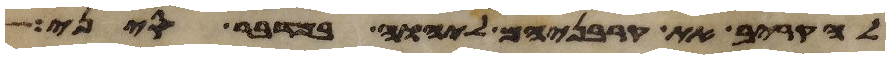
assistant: להקריב את קרבניהם ליהוה במדבר סיני